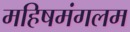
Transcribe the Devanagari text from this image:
महिषमंगलम